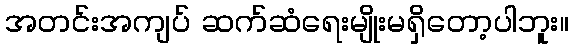
အတင်းအကျပ် ဆက်ဆံရေးမျိုးမရှိတော့ပါဘူး။